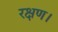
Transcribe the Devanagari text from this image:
रक्षण।